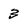
Character: 3